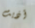
أذيت